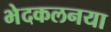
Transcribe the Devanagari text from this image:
भेदकलनया